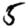
Digit: 5